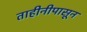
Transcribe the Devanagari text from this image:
ताहीनीपासून